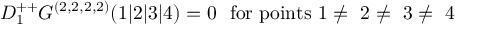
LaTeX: D _ { 1 } ^ { + + } G ^ { ( 2 , 2 , 2 , 2 ) } ( 1 \vert 2 \vert 3 \vert 4 ) = 0 \ \ \mathrm { f o r ~ p o i n t s ~ 1 \neq ~ 2 \neq ~ 3 \neq ~ 4 ~ }